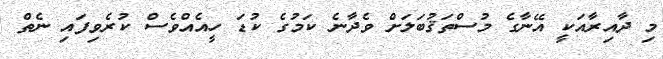
މި ދާއިރާއަކީ އޭނާގެ މުސްތަޤުބަލަށް ވެދާނެ ކަމުގެ ކުޑަ ހީއެއްވެސް ކުރެވިފައި ނެތް